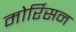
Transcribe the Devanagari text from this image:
मोर्रिसन